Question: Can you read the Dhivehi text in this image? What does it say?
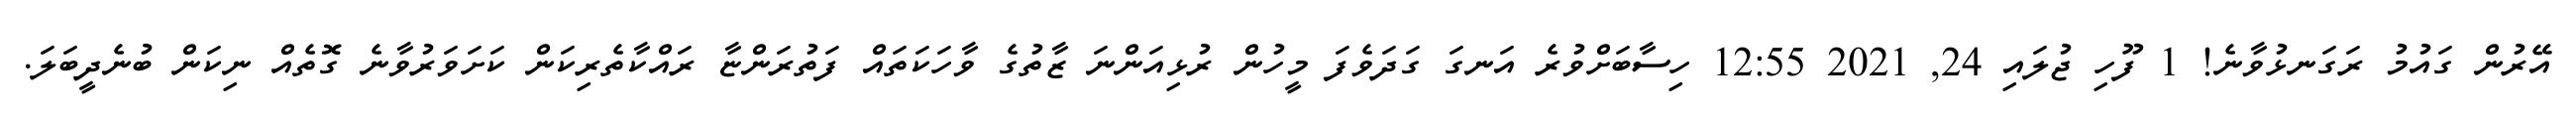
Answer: އޭރުން ގައުމު ރަގަނޅުވާނެ! 1 ފޫހި ޖުލައި 24, 2021 12:55 ހިސާބަށްވުރެ އަނގަ ގަދަވެފަ މީހުން ރުޅިއަންނަ ޒާތުގެ ވާހަކަތައް ފަތުރަންޏާ ރައްކާތެރިކަން ކަށަވަރުވާނެ ގޮތެއް ނިކަން ބުނެދީބަލަ.